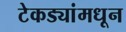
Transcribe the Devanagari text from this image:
टेकड्यांमधून